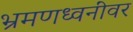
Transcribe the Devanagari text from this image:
भ्रमणध्वनींवर